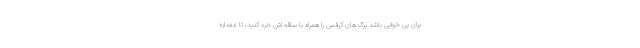
برای بی خوابی باشد برگ های کرفس را همراه با ساقه اش خرد کنید، تا عصاره